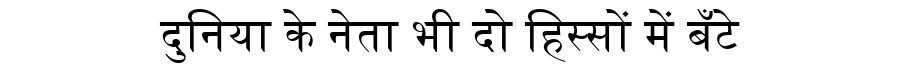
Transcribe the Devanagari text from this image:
दुनिया के नेता भी दो हिस्सों में बँटे